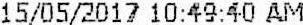
15/05/2017 10:49:40 AM